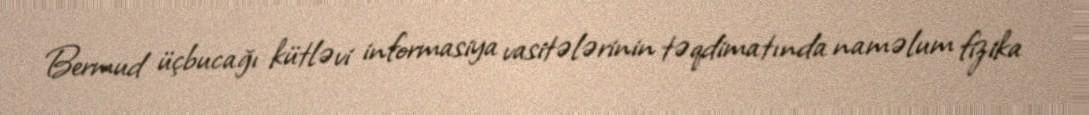
Bermud üçbucağı kütləvi informasiya vasitələrinin təqdimatında naməlum fizika